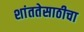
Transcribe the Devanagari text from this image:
शांततेसाठीचा